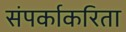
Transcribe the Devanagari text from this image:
संपर्काकरिता